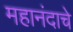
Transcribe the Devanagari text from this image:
महानंदाचे